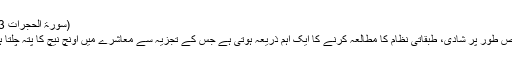
(سورۃ الحجرات 13)
خاص طور پر شادی، طبقاتی نظام کا مطالعہ کرنے کا ایک اہم ذریعہ ہوتی ہے جس کے تجزیہ سے معاشرے میں اونچ نیچ کا پتہ چلتا ہے۔